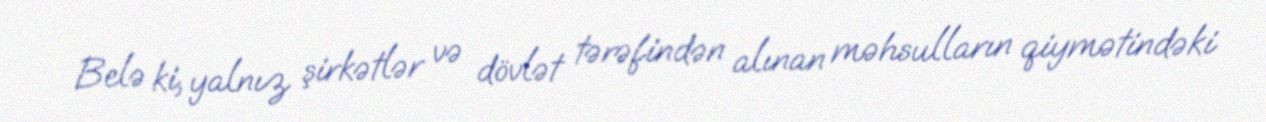
Belə ki, yalnız şirkətlər və dövlət tərəfindən alınan məhsulların qiymətindəki